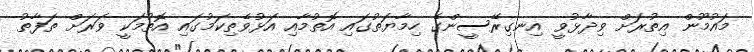
މައުމޫން އިތުރަށް ވިދާޅުވީ އިނގިރޭސީންގެ ހިމާޔަތުގައި އޮތުމާއި އަޅުވެތިކަމުގައި އޮތުމަކީ ވަރަށް ތަފާތު